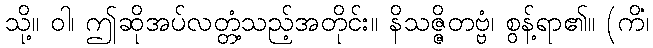
သို့။ ဝါ၊ ဤဆိုအပ်လတ္တံ့သည့်အတိုင်း။ နိသဇ္ဇိတဗ္ဗံ၊ စွန့်ရာ၏။ (ကိံ၊